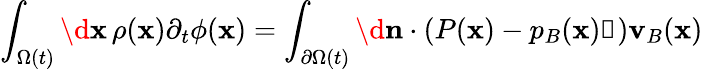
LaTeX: \int_{\Omega(t)}\d\mathbf{x}\, \rho(\mathbf{x})\partial_{t}\phi(\mathbf{x})=\int_{\partial\Omega(t)}\d\mathbf{n}\cdot(P(\mathbf{x})-p_{B}(\mathbf{x})\mathbb{1})\mathbf{v}_{B}(\mathbf{x})